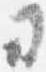
ヨ